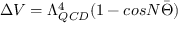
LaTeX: \Delta V = \Lambda _ { Q C D } ^ { 4 } ( 1 - c o s N \bar { \Theta } )